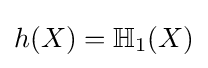
h(X)=\mathbb {H} _{1}(X)